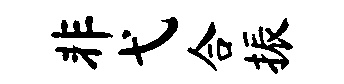
非弋合振